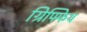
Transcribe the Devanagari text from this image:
ग्रिफ्फिथ